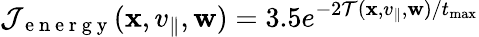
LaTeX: \mathcal{J}_{\mathrm{~e~n~e~r~g~y~}}(\mathbf{x},v_{\parallel},\mathbf{w})=3.5e^{-2\mathcal{T}(\mathbf{x},v_{\parallel},\mathbf{w})/t_{\operatorname*{max}}}